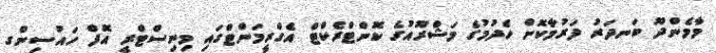
މާމެންދޫ ބަނދަރު ފަރުމާކޮށް ހެދުމުގެ މަޝްރޫއުގެ ކޮންޓްރެކްޓް އެގްރީމަންޓްގައި މިނިސްޓްރީ އޮފް ހައުސިންގ